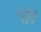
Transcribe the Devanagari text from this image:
एंड्रेई